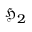
{ \mathfrak { H } } _ { 2 }